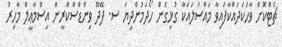
ޗެޓްކޮށް ވާހަކަދައްކާފައިވާ މައްސަލައަކާ ގުޅިގެން ހޯދަމުންދިޔަ ސ. ފޭދޫ ވިންޑްސްކްރީން އިސްމާޢީލް މާހިރު